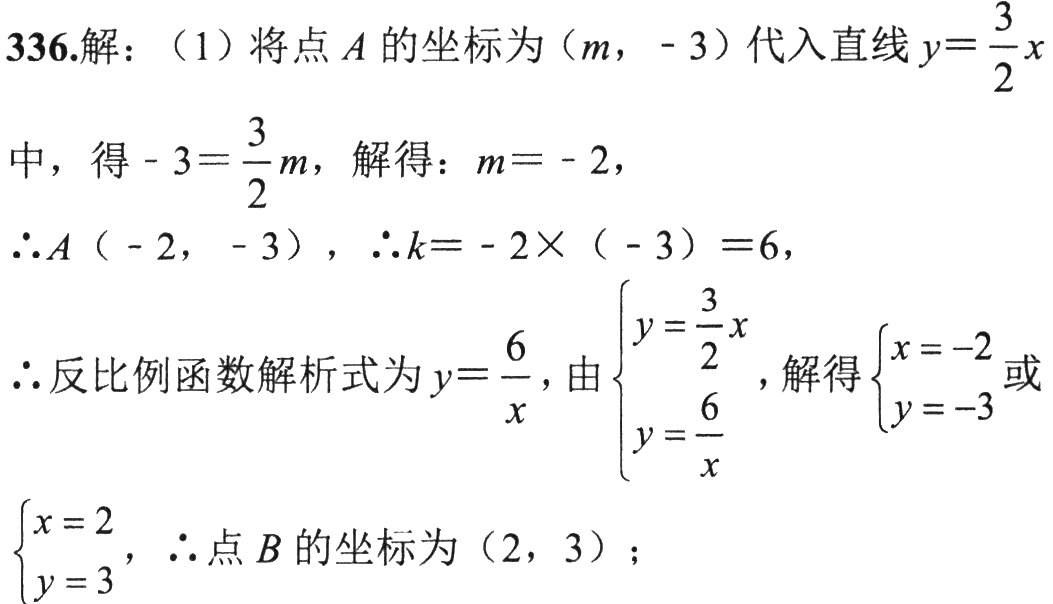
336.解：（1）将点\(A\)的坐标为\((m, - 3)\)代入直线\(y = \frac{3}{2}x\)中，得\(-3=\frac{3}{2}m\)，解得：\(m = - 2\)，

\(\therefore A(-2, - 3)\)，\(\therefore k=-2\times(-3)=6\)，

\(\therefore\)反比例函数解析式为\(y = \frac{6}{x}\)，由\(\begin{cases}y = \frac{3}{2}x\\y = \frac{6}{x}\end{cases}\)，解得\(\begin{cases}x = -2\\y = -3\end{cases}\)或\(\begin{cases}x = 2\\y = 3\end{cases}\)，\(\therefore\)点\(B\)的坐标为\((2, 3)\)；